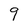
Character: 9